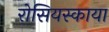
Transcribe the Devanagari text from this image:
रोसियस्काया